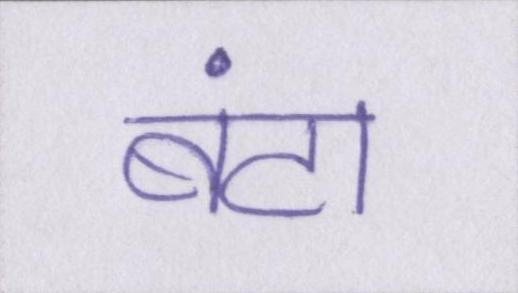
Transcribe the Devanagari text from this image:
बंटा